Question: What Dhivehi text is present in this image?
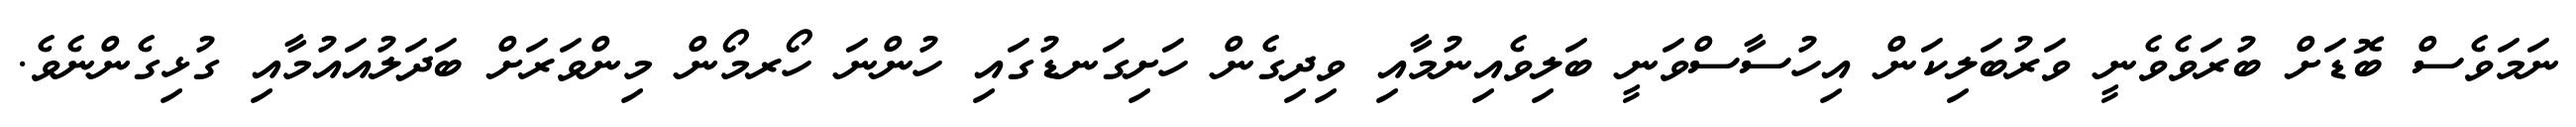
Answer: ނަމަވެސް ބޮޑަށް ބުރަވެވެނީ ވަރުބަލިކަން އިހުސާސްވަނީ ބަލިވެއިނުމާއި ވިދިގެން ހަށިގަނޑުގައި ހުންނަ ހޯރމޯން މިންވަރަށް ބަދަލުއައުމާއި ގުޅިގެންނެވެ.